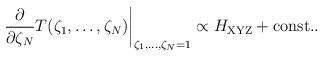
LaTeX: \begin{align*}\left.\frac{\partial}{\partial\zeta_N} T(\zeta_1,\ldots,\zeta_N)\right|_{\zeta_1,\ldots,\zeta_N=1} \propto H_{\mbox{\scriptsize XYZ}}+\mbox{const.}.\end{align*}